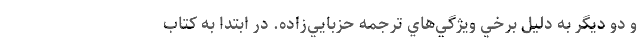
و دو ديگر به ‌دليل برخي ويژگي‌هاي ترجمه حزبايي‌زاده. در ابتدا به كتاب